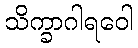
သိက္ခာဂါရဝေါ